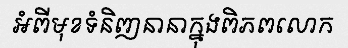
អំពីមុខទំនិញនានាក្នុងពិភពលោក